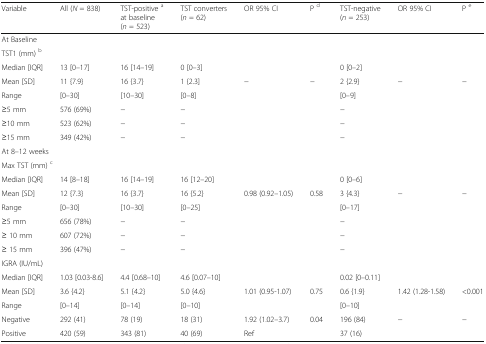
<table><thead><tr><td><b>Variable</b></td><td><b>All (<i>N</i> = 838)</b></td><td><b>TST-positive <sup>a</sup>at baseline (<i>n</i> = 523)</b></td><td><b>TST converters (<i>n</i> = 62)</b></td><td><b>OR 95% CI</b></td><td><b>P <sup>d</sup></b></td><td><b>TST-negative (<i>n</i> = 253)</b></td><td><b>OR 95% CI</b></td><td><b>P <sup>e</sup></b></td></tr></thead><tbody><tr><td colspan="9">At Baseline</td></tr><tr><td colspan="9">TST1 (mm) <sup>b</sup></td></tr><tr><td>Median [IQR]</td><td>13 [0–17]</td><td>16 [14–19]</td><td>0 [0–3]</td><td></td><td></td><td>0 [0–2]</td><td></td><td></td></tr><tr><td>Mean [SD]</td><td>11 {7.9}</td><td>16 {3.7}</td><td>1 {2.3]</td><td>−</td><td>−</td><td>2 {2.9}</td><td>−</td><td>−</td></tr><tr><td>Range</td><td>[0–30]</td><td>[10–30]</td><td>[0–8]</td><td></td><td></td><td>[0–9]</td><td></td><td></td></tr><tr><td>≥5 mm</td><td>576 (69%)</td><td>−</td><td>−</td><td></td><td></td><td>−</td><td></td><td></td></tr><tr><td>≥10 mm</td><td>523 (62%)</td><td>−</td><td>−</td><td></td><td></td><td>−</td><td></td><td></td></tr><tr><td>≥15 mm</td><td>349 (42%)</td><td>−</td><td>−</td><td></td><td></td><td>−</td><td></td><td></td></tr><tr><td colspan="9">At 8–12 weeks</td></tr><tr><td colspan="9">Max TST (mm) <sup>c</sup></td></tr><tr><td>Median [IQR]</td><td>14 [8–18]</td><td>16 [14–19]</td><td>16 [12–20]</td><td></td><td></td><td>0 [0–6]</td><td></td><td></td></tr><tr><td>Mean [SD]</td><td>12 {7.3}</td><td>16 {3.7}</td><td>16 {5.2}</td><td>0.98 (0.92–1.05)</td><td>0.58</td><td>3 {4.3}</td><td>−</td><td>−</td></tr><tr><td>Range</td><td>[0–30]</td><td>[10–30]</td><td>[0–25]</td><td></td><td></td><td>[0–17]</td><td></td><td></td></tr><tr><td>≥5 mm</td><td>656 (78%)</td><td>−</td><td>−</td><td></td><td></td><td>−</td><td></td><td></td></tr><tr><td>≥ 10 mm</td><td>607 (72%)</td><td>−</td><td>−</td><td></td><td></td><td>−</td><td></td><td></td></tr><tr><td>≥ 15 mm</td><td>396 (47%)</td><td>−</td><td>−</td><td></td><td></td><td>−</td><td></td><td></td></tr><tr><td colspan="9">IGRA (IU/mL)</td></tr><tr><td>Median [IQR]</td><td>1.03 [0.03-8.6]</td><td>4.4 [0.68–10]</td><td>4.6 [0.07–10]</td><td></td><td></td><td>0.02 [0–0.11]</td><td></td><td></td></tr><tr><td>Mean [SD]</td><td>3.6 {4.2}</td><td>5.1 {4.2}</td><td>5.0 {4.6}</td><td>1.01 (0.95-1.07)</td><td>0.75</td><td>0.6 {1.9}</td><td>1.42 (1.28-1.58)</td><td>&lt;0.001</td></tr><tr><td>Range</td><td>[0–14]</td><td>[0–14]</td><td>[0–10]</td><td></td><td></td><td>[0–10]</td><td></td><td></td></tr><tr><td>Negative</td><td>292 (41)</td><td>78 (19)</td><td>18 (31)</td><td>1.92 (1.02–3.7)</td><td>0.04</td><td>196 (84)</td><td>−</td><td>−</td></tr><tr><td>Positive</td><td>420 (59)</td><td>343 (81)</td><td>40 (69)</td><td>Ref</td><td></td><td>37 (16)</td><td></td><td></td></tr></tbody></table>